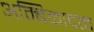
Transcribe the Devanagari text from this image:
अम्बिकादत्‍त